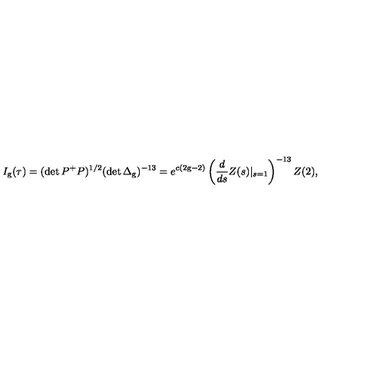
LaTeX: I _ { \mathrm { g } } ( \tau ) = ( \det P ^ { + } P ) ^ { 1 / 2 } ( \det \Delta _ { \mathrm { g } } ) ^ { - 1 3 } = e ^ { c ( 2 \mathrm { g } - 2 ) } \left( \frac { d } { d s } Z ( s ) | _ { s = 1 } \right) ^ { - 1 3 } Z ( 2 ) ,